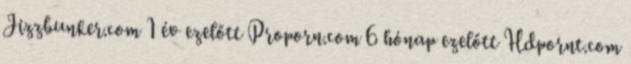
Jizzbunker.com 1 év ezelőtt Proporn.com 6 hónap ezelőtt Hdpornt.com